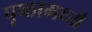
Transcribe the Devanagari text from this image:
पृष्ठामध्ये